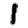
Digit: 1